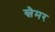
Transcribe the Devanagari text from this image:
स्लैमर